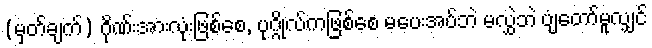
(မှတ်ချက်) ဂိုဏ်းအားလုံးဖြစ်စေ, ပုဂ္ဂိုလ်ကဖြစ်စေ မပေးအပ်ဘဲ မလွှဲဘဲ ပျံတော်မူလျှင်